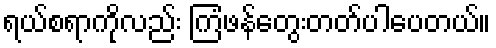
ရယ်စရာကိုလည်း ကြံဖန်တွေးတတ်ပါပေတယ်။